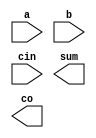
module my_fa(
    input a,
    input b,
    input cin,
    output sum,
    output co
    );
endmodule